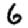
Digit: 6